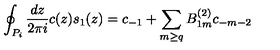
\oint _ { P _ { i } } \frac { d z } { 2 \pi i } c ( z ) s _ { 1 } ( z ) = c _ { - 1 } + \sum _ { m \geq q } B _ { 1 m } ^ { ( 2 ) } c _ { - m - 2 }